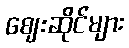
ဈေးဆိုင်များ